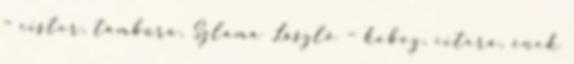
– cister, tambura, Szlama László – koboz, citera, ének